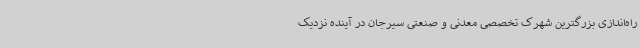
راه‌اندازی بزرگترین شهرک تخصصی معدنی و صنعتی سیرجان در آینده نزدیک